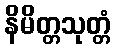
နိမိတ္တသုတ္တံ